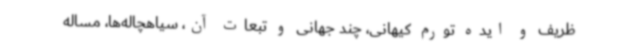
ظریف و ایده تورم کیهانی، چند جهانی و تبعات آن، سیاهچاله‌ها، مساله